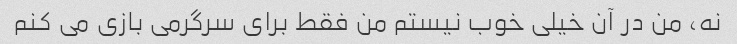
نه، من در آن خیلی خوب نیستم من فقط برای سرگرمی بازی می کنم